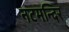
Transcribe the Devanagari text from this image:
नटमन्दिर